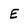
Character: E